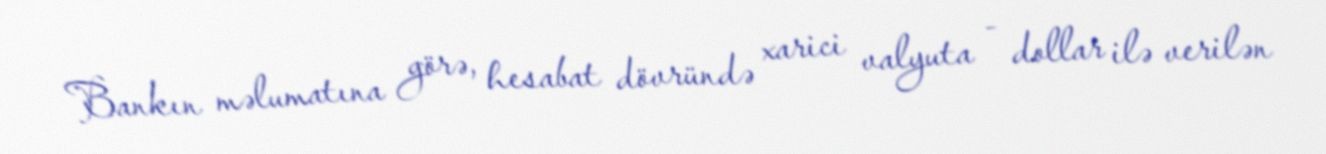
Bankın məlumatına görə, hesabat dövründə xarici valyuta - dollar ilə verilən